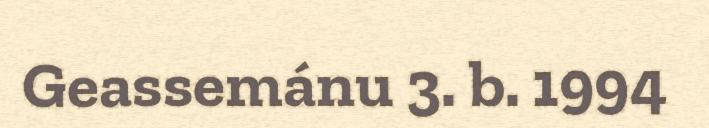
Geassemánu 3. b. 1994